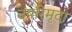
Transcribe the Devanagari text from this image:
उपरिमृदा